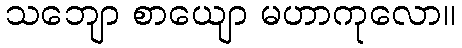
သဘျော စာယျော မဟာကုလော။